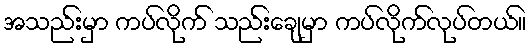
အသည်းမှာ ကပ်လိုက် သည်းချေမှာ ကပ်လိုက်လုပ်တယ်။